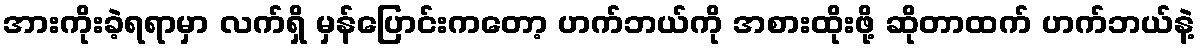
အားကိုးခဲ့ရရာမှာ လက်ရှိ မှန်ပြောင်းကတော့ ဟက်ဘယ်ကို အစားထိုးဖို့ ဆိုတာထက် ဟက်ဘယ်နဲ့